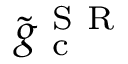
\tilde { g } _ { \mathrm { ~ c ~ } } ^ { \mathrm { ~ S ~ R ~ } }